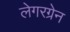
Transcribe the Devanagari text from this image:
लेगरग्रेन